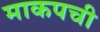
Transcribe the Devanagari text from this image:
माकपची